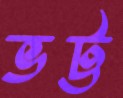
ভট্ট